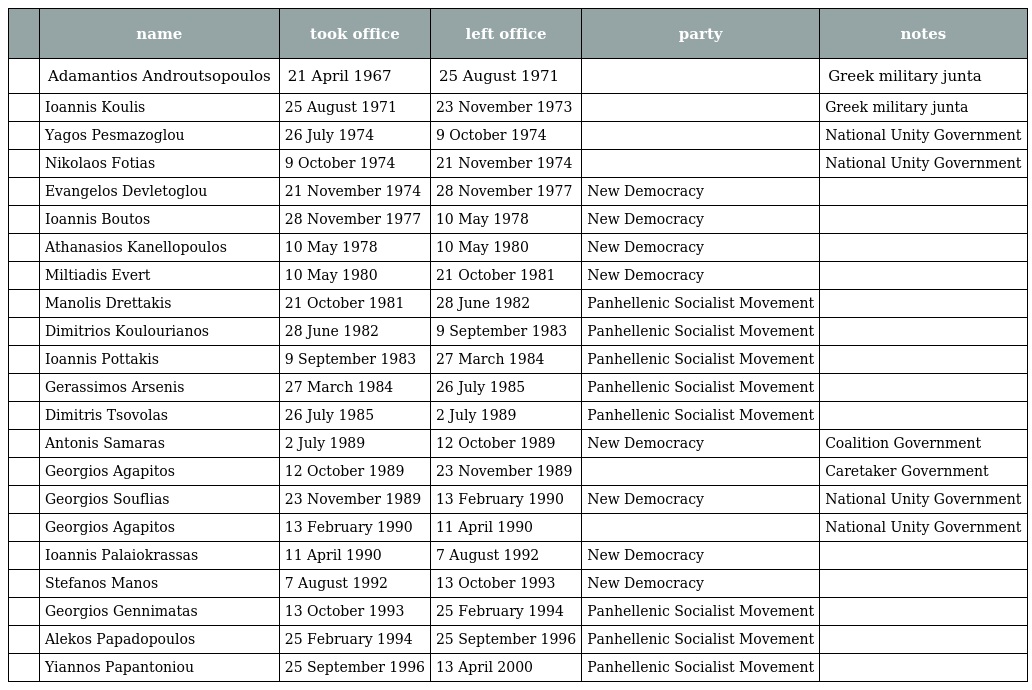
|  | name | took office | left office | party | notes |
 | --- | --- | --- | --- | --- | --- |
 |  | Adamantios Androutsopoulos | 21 April 1967 | 25 August 1971 |  | Greek military junta |
 |  | Ioannis Koulis | 25 August 1971 | 23 November 1973 |  | Greek military junta |
 |  | Yagos Pesmazoglou | 26 July 1974 | 9 October 1974 |  | National Unity Government |
 |  | Nikolaos Fotias | 9 October 1974 | 21 November 1974 |  | National Unity Government |
 |  | Evangelos Devletoglou | 21 November 1974 | 28 November 1977 | New Democracy |  |
 |  | Ioannis Boutos | 28 November 1977 | 10 May 1978 | New Democracy |  |
 |  | Athanasios Kanellopoulos | 10 May 1978 | 10 May 1980 | New Democracy |  |
 |  | Miltiadis Evert | 10 May 1980 | 21 October 1981 | New Democracy |  |
 |  | Manolis Drettakis | 21 October 1981 | 28 June 1982 | Panhellenic Socialist Movement |  |
 |  | Dimitrios Koulourianos | 28 June 1982 | 9 September 1983 | Panhellenic Socialist Movement |  |
 |  | Ioannis Pottakis | 9 September 1983 | 27 March 1984 | Panhellenic Socialist Movement |  |
 |  | Gerassimos Arsenis | 27 March 1984 | 26 July 1985 | Panhellenic Socialist Movement |  |
 |  | Dimitris Tsovolas | 26 July 1985 | 2 July 1989 | Panhellenic Socialist Movement |  |
 |  | Antonis Samaras | 2 July 1989 | 12 October 1989 | New Democracy | Coalition Government |
 |  | Georgios Agapitos | 12 October 1989 | 23 November 1989 |  | Caretaker Government |
 |  | Georgios Souflias | 23 November 1989 | 13 February 1990 | New Democracy | National Unity Government |
 |  | Georgios Agapitos | 13 February 1990 | 11 April 1990 |  | National Unity Government |
 |  | Ioannis Palaiokrassas | 11 April 1990 | 7 August 1992 | New Democracy |  |
 |  | Stefanos Manos | 7 August 1992 | 13 October 1993 | New Democracy |  |
 |  | Georgios Gennimatas | 13 October 1993 | 25 February 1994 | Panhellenic Socialist Movement |  |
 |  | Alekos Papadopoulos | 25 February 1994 | 25 September 1996 | Panhellenic Socialist Movement |  |
 |  | Yiannos Papantoniou | 25 September 1996 | 13 April 2000 | Panhellenic Socialist Movement |  |